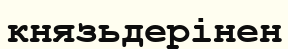
князьдерінен